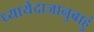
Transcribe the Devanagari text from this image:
ध्यायेदाजानुबाहुं